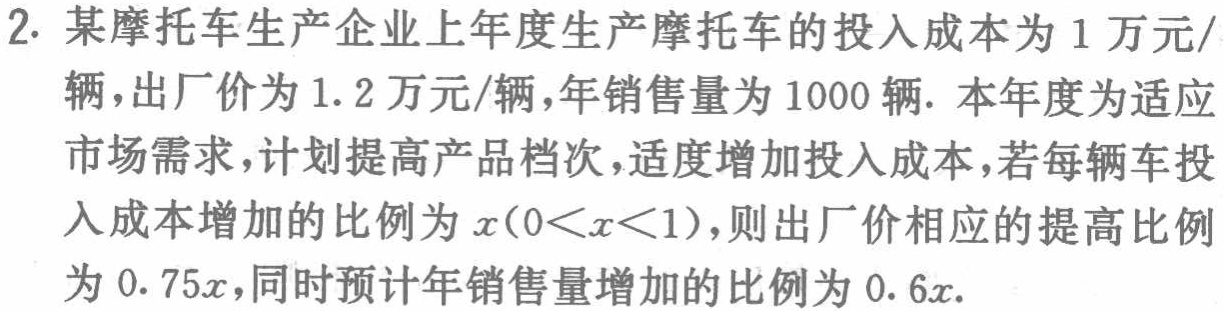
2. 某摩托车生产企业上年度生产摩托车的投入成本为1万元/辆，出厂价为1.2万元/辆，年销售量为1000辆. 本年度为适应市场需求，计划提高产品档次，适度增加投入成本，若每辆车投入成本增加的比例为\(x(0<x<1)\)，则出厂价相应的提高比例为\(0.75x\)，同时预计年销售量增加的比例为\(0.6x\).